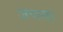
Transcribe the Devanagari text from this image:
जणवा